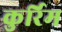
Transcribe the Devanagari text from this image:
कुर्रिम